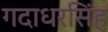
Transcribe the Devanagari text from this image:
गदाधरसिंह